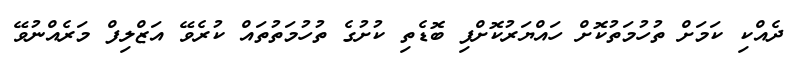
ދެއްކި ކަމަށް ތުހުމަތުކޮށް ހައްޔަރުކޮށްފި ބޮޑެތި ކުށުގެ ތުހުމަތުތައް ކުރެވޭ އަޒްލިފް މަރެއްނުވޭ